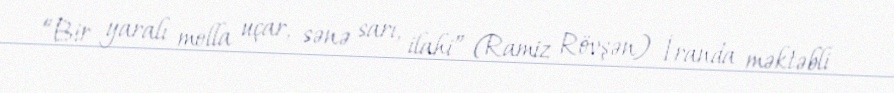
“Bir yaralı molla uçar, sənə sarı, ilahi” (Ramiz Rövşən) İranda məktəbli